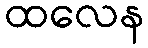
ထလေန